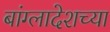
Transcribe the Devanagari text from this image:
बांग्लादेशच्या